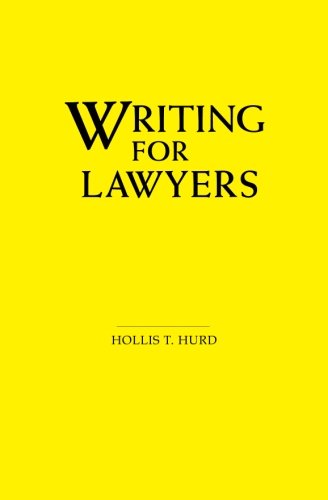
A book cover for Writing for Lawyers; Hollis T. Hurd; Law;